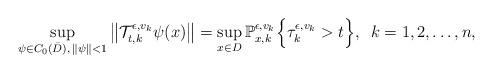
LaTeX: \begin{align*}\sup_{\psi \in C_0(\bar{D}),\, \Vert \psi \Vert < 1} \left \Vert \mathcal{T}_{t,k}^{\epsilon, v_k} \psi(x) \right\Vert = \sup_{x \in D} \mathbb{P}_{x,k}^{\epsilon, v_k} \Bigl \{\tau_{k}^{\epsilon, v_k} > t \Bigr\}, \,\,\, k =1,2, \ldots, n, \end{align*}